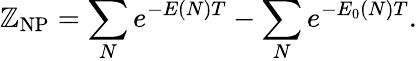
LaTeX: \mathbb{Z}_{\mathrm{{NP}}}=\sum_{N}e^{-E(N)T}-\sum_{N}e^{-E_{0}(N)T}.